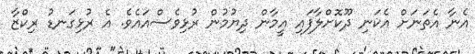
އެނާ އެތަނަށް އެކަނި ދޫކޮށްލާފައި އީމާން ދިޔުމުން ރުޅިވެސްއައެވެ. އެ ރުޅިގަނޑު ރިކްޒާ